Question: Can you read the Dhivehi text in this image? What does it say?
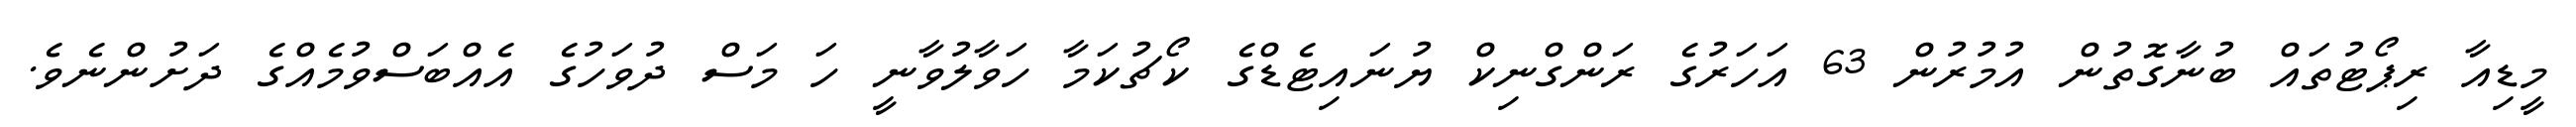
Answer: މީޑިއާ ރިޕޯޓުތައް ބުނާގޮތުން އުމުރުން 63 އަހަރުގެ ރަންގްނިކް ޔުނައިޓެޑްގެ ކޯޗުކަމާ ހަވާލުވާނީ ހަ މަސް ދުވަހުގެ އެއްބަސްވުމެއްގެ ދަށުންނެވެ.